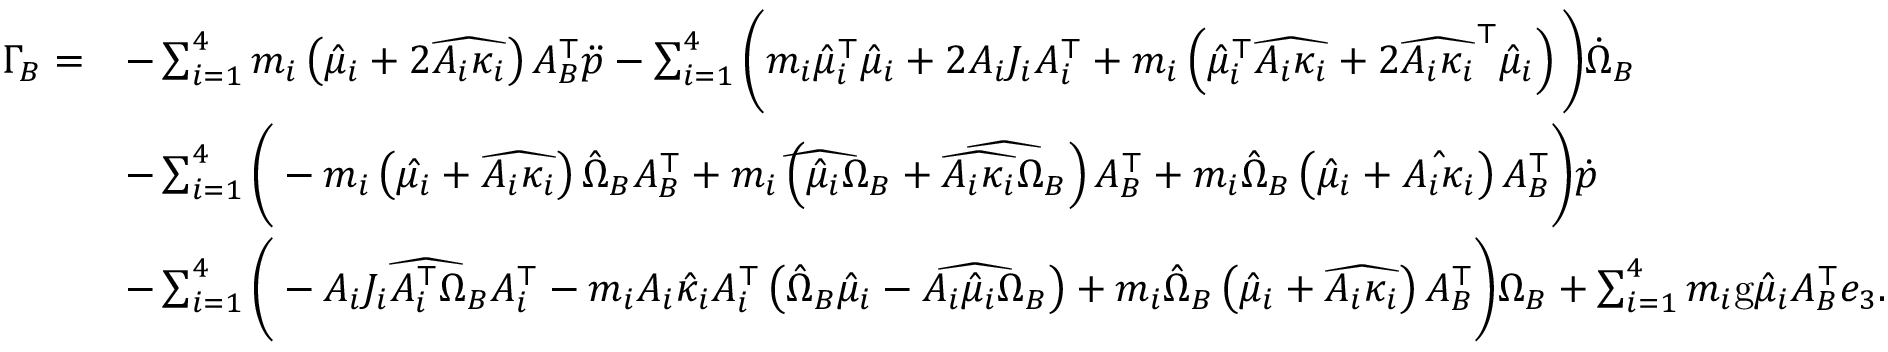
\begin{array} { r l } { \Gamma _ { B } = } & { - \sum _ { i = 1 } ^ { 4 } m _ { i } \left( \hat { \mu } _ { i } + 2 \widehat { A _ { i } \kappa _ { i } } \right) A _ { B } ^ { \top } \Ddot { p } - \sum _ { i = 1 } ^ { 4 } \Bigg ( m _ { i } \hat { \mu } _ { i } ^ { \top } \hat { \mu } _ { i } + 2 A _ { i } J _ { i } A _ { i } ^ { \top } + m _ { i } \left( \hat { \mu } _ { i } ^ { \top } \widehat { A _ { i } \kappa _ { i } } + 2 \widehat { A _ { i } \kappa _ { i } } ^ { \top } \hat { \mu } _ { i } \right) \Bigg ) \dot { \Omega } _ { B } } \\ & { - \sum _ { i = 1 } ^ { 4 } \Bigg ( - m _ { i } \left( \hat { \mu _ { i } } + \widehat { A _ { i } \kappa _ { i } } \right) \hat { \Omega } _ { B } A _ { B } ^ { \top } + m _ { i } \left( \widehat { \hat { \mu } _ { i } \Omega _ { B } } + \widehat { \widehat { A _ { i } \kappa _ { i } } \Omega _ { B } } \right) A _ { B } ^ { \top } + m _ { i } \hat { \Omega } _ { B } \left( \hat { \mu } _ { i } + \hat { A _ { i } \kappa _ { i } } \right) A _ { B } ^ { \top } \Bigg ) \dot { p } } \\ & { - \sum _ { i = 1 } ^ { 4 } \Bigg ( - A _ { i } \widehat { J _ { i } A _ { i } ^ { \top } \Omega _ { B } } A _ { i } ^ { \top } - m _ { i } A _ { i } \hat { \kappa } _ { i } A _ { i } ^ { \top } \left( \hat { \Omega } _ { B } \hat { \mu } _ { i } - A _ { i } \widehat { \hat { \mu } _ { i } \Omega _ { B } } \right) + m _ { i } \hat { \Omega } _ { B } \left( \hat { \mu } _ { i } + \widehat { A _ { i } \kappa _ { i } } \right) A _ { B } ^ { \top } \Bigg ) \Omega _ { B } + \sum _ { i = 1 } ^ { 4 } m _ { i } \mathrm { g } \hat { \mu } _ { i } A _ { B } ^ { \top } e _ { 3 } . } \end{array}